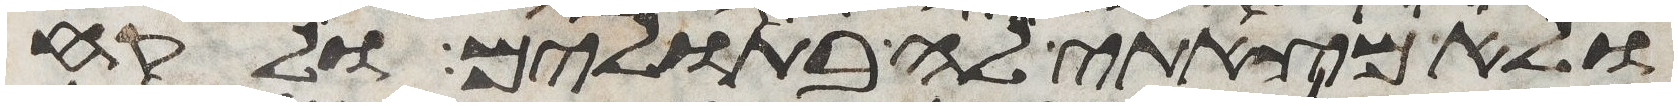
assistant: ולא מצאתי לה בתולים ולקח